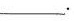
_____.